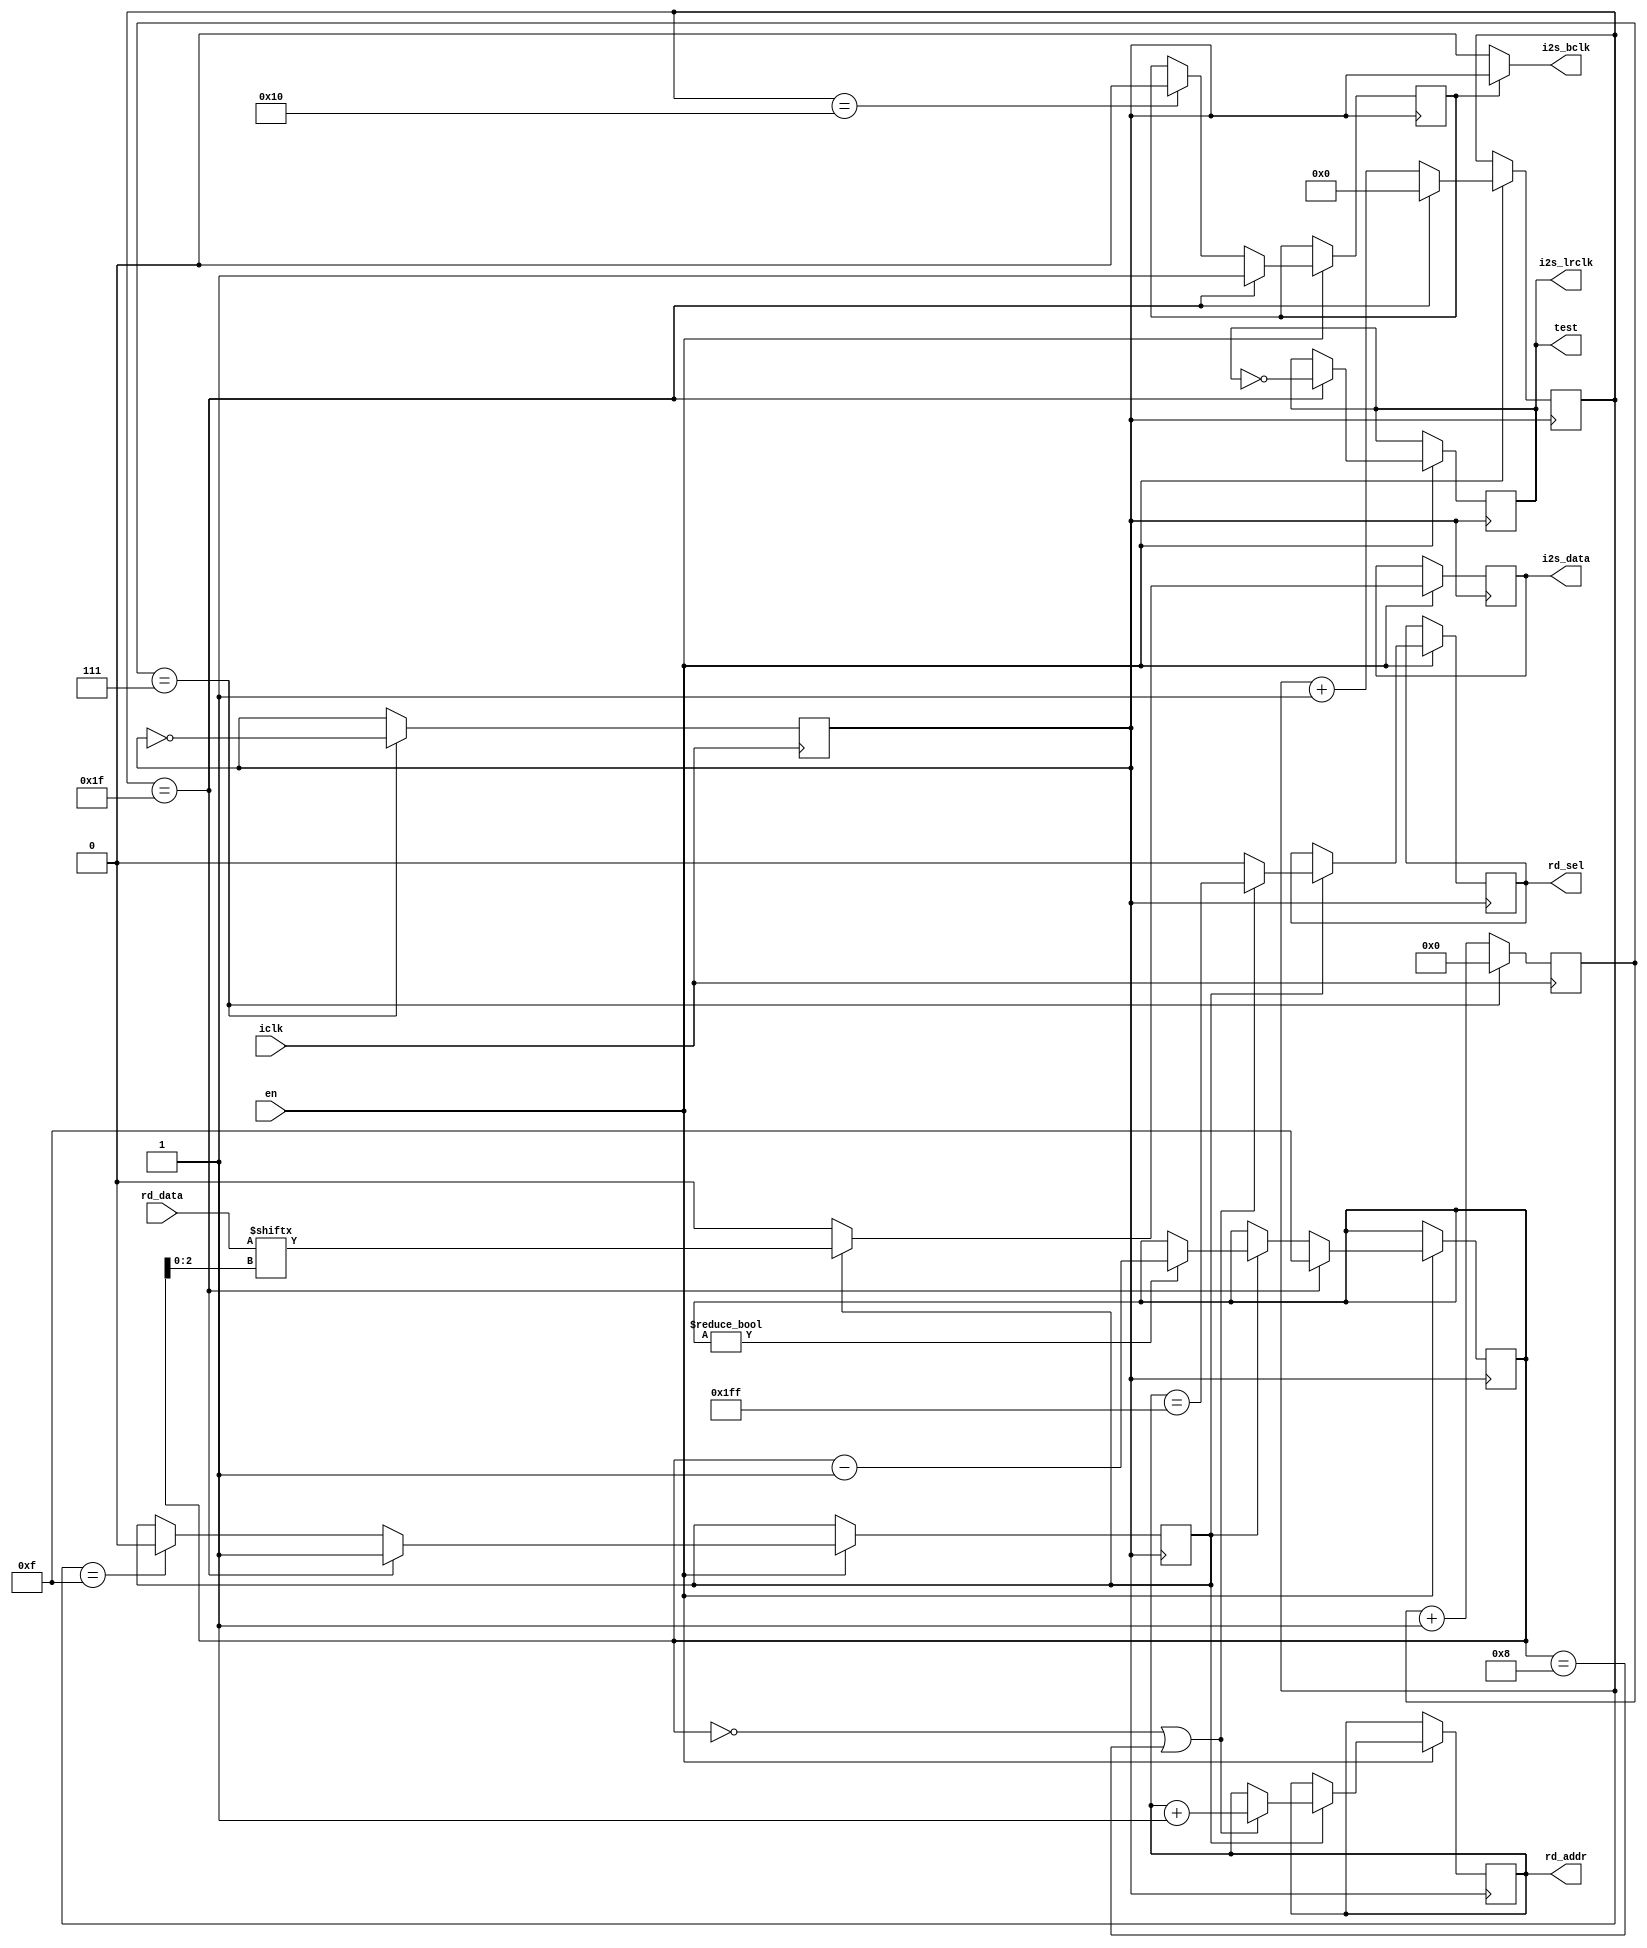
module i2s(
    input iclk,
    input en,

    output reg rd_sel,
    output reg[8:0] rd_addr,
    input[7:0] rd_data,

    output i2s_bclk,
    output reg i2s_lrclk,
    output reg i2s_data,
    
    output test
);

reg[3:0] fsm;
reg[4:0] div;

initial begin
    i2s_data <= 0;
    i2s_lrclk <= 1;
    fsm <= 0;
    div <= 0;
    rd_sel <= 0;
    rd_addr <= 0;
end

reg tx;
reg cke;

initial
begin
    tx <= 0;
    cke <= 0;
end

reg pclk;
reg[3:0] pclk_div;

initial
begin
    pclk <= 0;
    pclk_div <= 0;
end

assign test = i2s_lrclk;

always @(posedge iclk)
begin
    if (pclk_div == 7)
    begin
        pclk_div <= 0;
        pclk <= ~pclk;
    end else
    begin
        pclk_div <= pclk_div + 1;
    end
end

assign i2s_bclk = cke ? pclk : 0;

always @(negedge pclk)
begin
    if (en)
    begin
        if (tx)
        begin
            i2s_data <= rd_data[fsm[2:0]];
            if (fsm != 0) fsm <= fsm - 1;
            if (fsm == 0 || fsm == 8)
            begin
                rd_sel <= rd_addr == 511;
                rd_addr <= rd_addr + 1;
            end else
            begin
                rd_sel <= 0;
            end
        end else
        begin
            i2s_data <= 0;
        end
        
        if (div == 31)
        begin
            i2s_lrclk <= ~i2s_lrclk;
            tx <= 1;
            cke <= 1;
            fsm <= 15;
            div <= 0;
        end else
        begin
            if (div == 15) tx <= 0;
            if (div == 16) cke <= 0;
            div <= div + 1;
        end
    end
end

endmodule

/*
module i2s_tb();
reg iclk;
initial iclk = 0;
always #1 iclk = ~iclk;

wire sel;
reg en;

wire[8:0] addr;
wire[7:0] data;

wire bclk;
wire lrclk;
wire dout;

initial
begin
    en <= 0;
    #16;
    en <= 1;
    #65536;
end

ram r0(
    .clk(iclk),

    .rd_sel(sel),
    .rd_addr(addr),
    .rd_data(data)
);

i2s i0(
    .iclk(iclk),
    .en(en),

    .rd_sel(sel),
    .rd_addr(addr),
    .rd_data(data),

    .i2s_bclk(bclk),
    .i2s_lrclk(lrclk),
    .i2s_data(dout)
);
endmodule
*/